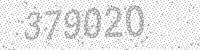
Solution: 379020